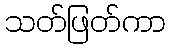
သတ်ဖြတ်ကာ